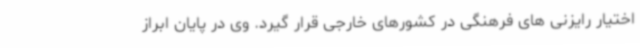
اختیار رایزنی های فرهنگی در کشورهای خارجی قرار گیرد. وی در پایان ابراز